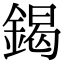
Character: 鍻